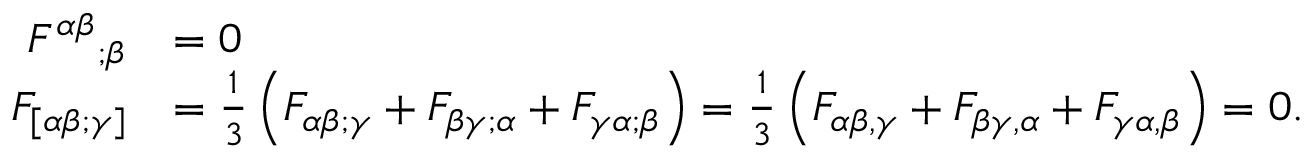
{ \begin{array} { r l } { { F ^ { \alpha \beta } } _ { ; \beta } } & { = 0 } \\ { F _ { [ \alpha \beta ; \gamma ] } } & { = { \frac { 1 } { 3 } } \left( F _ { \alpha \beta ; \gamma } + F _ { \beta \gamma ; \alpha } + F _ { \gamma \alpha ; \beta } \right) = { \frac { 1 } { 3 } } \left( F _ { \alpha \beta , \gamma } + F _ { \beta \gamma , \alpha } + F _ { \gamma \alpha , \beta } \right) = 0 . } \end{array} }